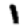
Digit: 1